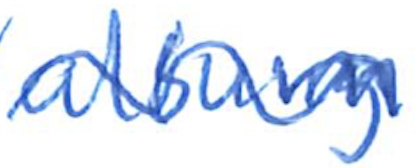
Text: album
Cross-out: wave
Writing tool: ballpoint